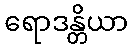
ရောဒန္တိယာ